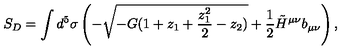
S _ { D } = \int d ^ { 5 } \sigma \left( - \sqrt { - G ( 1 + z _ { 1 } + { \frac { z _ { 1 } ^ { 2 } } { 2 } } - z _ { 2 } ) } + { \frac { 1 } { 2 } } \tilde { H } ^ { \mu \nu } b _ { \mu \nu } \right) ,